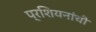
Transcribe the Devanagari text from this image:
प्रशियनांची